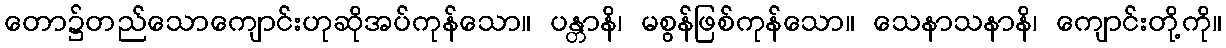
တော၌တည်သောကျောင်းဟုဆိုအပ်ကုန်သော။ ပန္တာနိ၊ မစွန်ဖြစ်ကုန်သော။ သေနာသနာနိ၊ ကျောင်းတို့ကို။